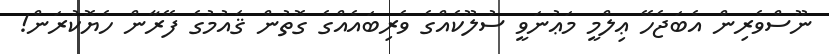
ނޫސްވެރިން އެބަޖެހޭ ޢިލްމީ މަޢުނަވީ ސުލޫކެއްގެ ވެރިބައެއްގެ ގޮތުން ޤައުމުގެ ފޭރާން ހެޔޮކުރަން!